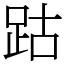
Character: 跍